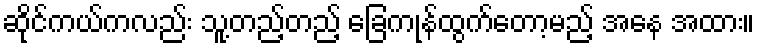
ဆိုင်ကယ်ကလည်း သူ့တည့်တည့် ခြေကုန်ထွက်တော့မည့် အနေ အထား။